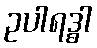
ဥပါရဒ္ဓါ